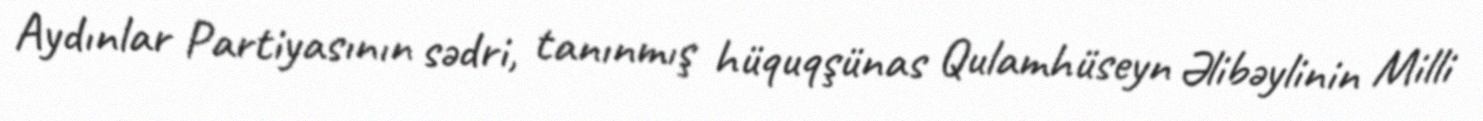
Aydınlar Partiyasının sədri, tanınmış hüquqşünas Qulamhüseyn Əlibəylinin Milli